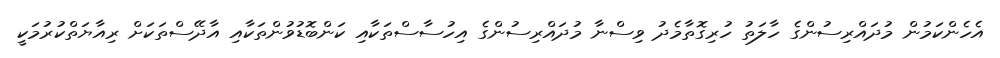
އެހެންކަމުން މުދައްރިސުންގެ ހާލަތު ހުރިގޮތާމެދު ވިސްނާ މުދައްރިސުންގެ އިހުސާސްތަކާއި ކަންބޮޑުވުންތަކާއި އާދޭސްތަކަށް ރިއާޔަތްކުރުމަކީ